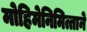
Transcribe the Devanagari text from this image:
मोहिमेनिमित्ताने